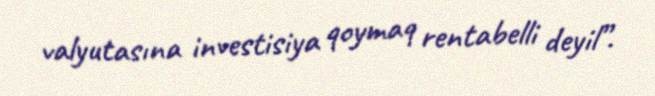
valyutasına investisiya qoymaq rentabelli deyil”.